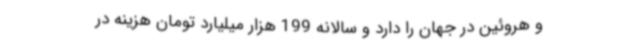
و هروئین در جهان را دارد و سالانه 199 هزار میلیارد تومان هزینه در